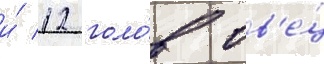
и́ 12 голо́в ов'е́ц